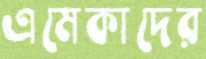
এমেকাদের